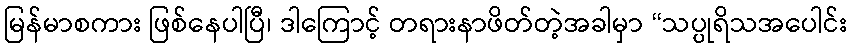
မြန်မာစကား ဖြစ်နေပါပြီ၊ ဒါကြောင့် တရားနာဖိတ်တဲ့အခါမှာ “သပ္ပုရိသအပေါင်း